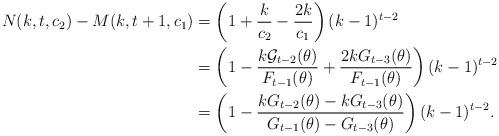
LaTeX: \begin{align*}N(k,t,c_2)-M(k,t+1,c_1)&=\left(1+\frac{k}{c_2}-\frac{2k}{c_1} \right)(k-1)^{t-2}\\&=\left(1-\frac{k\mathcal{G}_{t-2}(\theta)}{F_{t-1}(\theta)}+\frac{2kG_{t-3}(\theta)}{F_{t-1}(\theta)}\right)(k-1)^{t-2}\\&=\left(1-\frac{kG_{t-2}(\theta)-kG_{t-3}(\theta)}{G_{t-1}(\theta)-G_{t-3}(\theta)}\right)(k-1)^{t-2}.\end{align*}